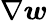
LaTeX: \nabla\boldsymbol{w}